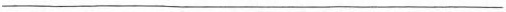
___